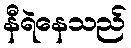
နီရဲနေသည်